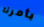
بأمرنا